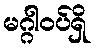
မဂ္ဂါဝပ်ရှိ